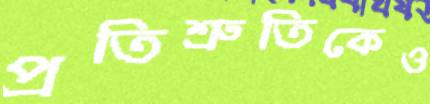
প্রতিশ্রুতিকেও